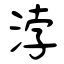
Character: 浡